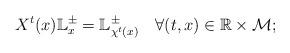
LaTeX: \begin{gather*}X^{t}(x)\mathbb{L}_{x}^{\pm}=\mathbb{L}_{\chi^{t}(x)}^{\pm}\quad\forall(t,x)\in\mathbb{R}\times\mathcal{M};\end{gather*}